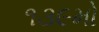
૧૩૯મો